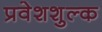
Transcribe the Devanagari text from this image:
प्रवेशशुल्क